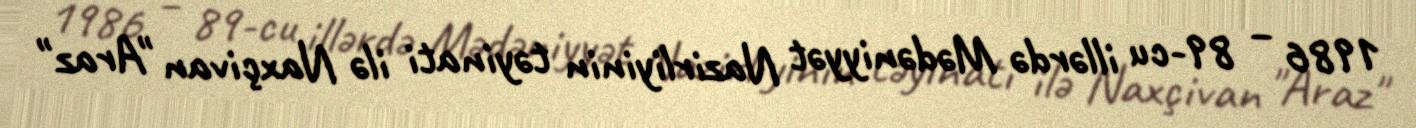
1986 – 89-cu illərdə Mədəniyyət Nazirliyinin təyinati ilə Naxçivan "Araz"